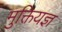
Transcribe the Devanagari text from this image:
मुक्तियज्ञ